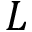
L